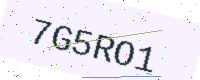
Text: 7G5RO1